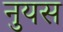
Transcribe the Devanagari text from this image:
नुयस